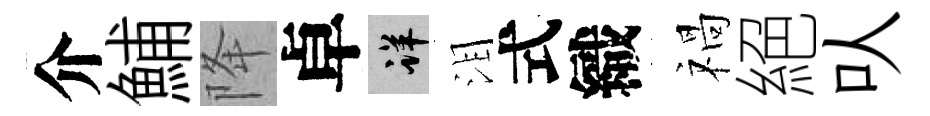
介鯆降卓详泪式織禍絕㕥